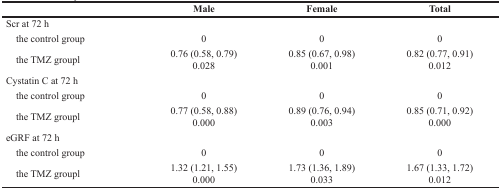
<table><thead><tr><td></td><td><b>Male</b></td><td><b>Female</b></td><td><b>Total</b></td></tr></thead><tbody><tr><td>Scr at 72 h</td><td></td><td></td><td></td></tr><tr><td> the control group</td><td>0</td><td>0</td><td>0</td></tr><tr><td> the TMZ groupl</td><td>0.76 (0.58, 0.79) 0.028</td><td>0.85 (0.67, 0.98) 0.001</td><td>0.82 (0.77, 0.91) 0.012</td></tr><tr><td>Cystatin C at 72 h</td><td></td><td></td><td></td></tr><tr><td> the control group</td><td>0</td><td>0</td><td>0</td></tr><tr><td> the TMZ groupl</td><td>0.77 (0.58, 0.88) 0.000</td><td>0.89 (0.76, 0.94) 0.003</td><td>0.85 (0.71, 0.92) 0.000</td></tr><tr><td>eGRF at 72 h</td><td></td><td></td><td></td></tr><tr><td> the control group</td><td>0</td><td>0</td><td>0</td></tr><tr><td> the TMZ groupl</td><td>1.32 (1.21, 1.55) 0.000</td><td>1.73 (1.36, 1.89) 0.033</td><td>1.67 (1.33, 1.72) 0.012</td></tr></tbody></table>